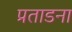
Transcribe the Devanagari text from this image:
प्रताडना